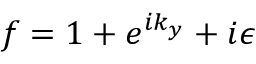
f = 1 + e ^ { i k _ { y } } + i \epsilon